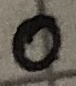
Text: 0